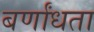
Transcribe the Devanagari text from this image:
बर्णांधता